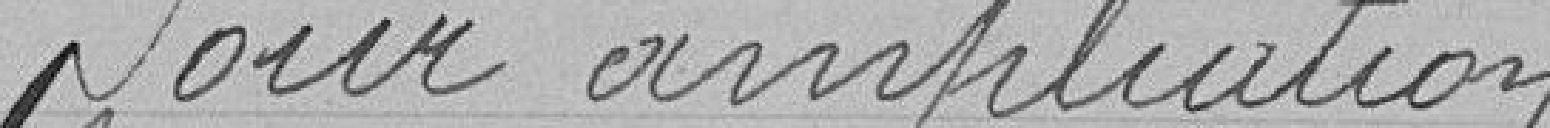
Pour implication